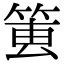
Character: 𥮔